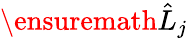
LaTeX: \ensuremath{\hat{L}}_{j}